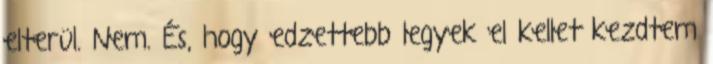
elterül. Nem. És, hogy edzettebb legyek el kellet kezdtem